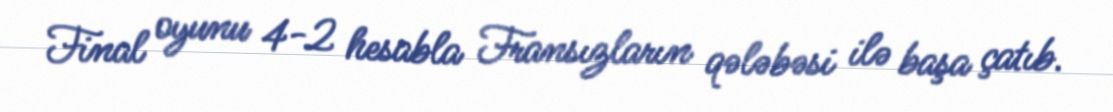
Final oyunu 4-2 hesabla Fransızların qələbəsi ilə başa çatıb.